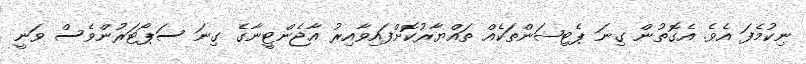
ނިކުމެފަ އެވެ. އެގޮތުން ގިނަ ޕެޓިޝަންތަކެއް ތައްޔާރުކޮށްފައިވާއިރު އާާޖެންޓީނާގެ ގިނަ ސަޕޯޓަރުންވެސް ވަނީ